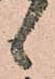
候